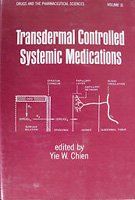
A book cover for Transdermal Controlled Systemic Medications (Drugs and the Pharmaceutical Sciences); Medical Books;